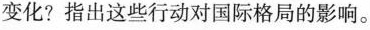
变化?指出这些行动对国际格局的影响。